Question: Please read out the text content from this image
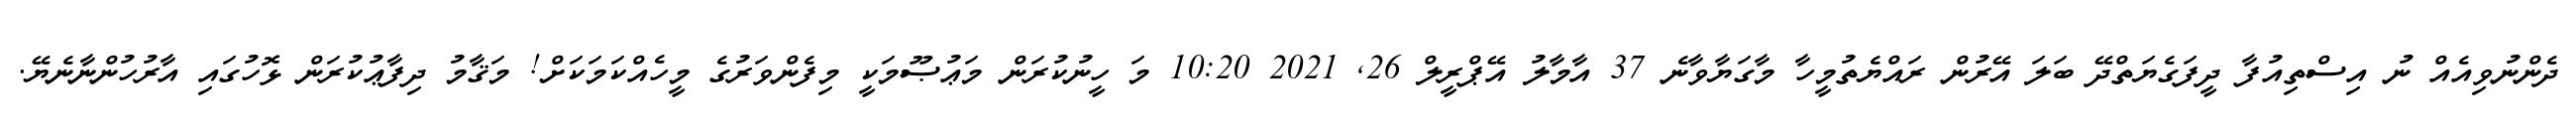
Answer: ދެންނުވިއެއް ނު އިސްތިއުފާ ދީފަގެޔަތްދޭ ބަލަ އޭރުން ރައްޔެތުމީހާ މާގަޔާވާނެ 37 އާމާލު އޭޕްރީލް 26, 2021 10:20 މަ ހީނުކުރަން މަޢުޞޫމަކީ މިފެންވަރުގެ މީހެއްކަމަކަށް! މަޤާމު ދިފާޢުކުރަން ޅޮހުގައި އާރުހުންނާނެޔޭ.